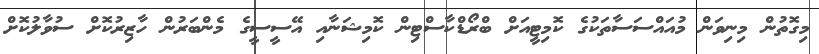
މިގޮތުން މިނިވަން މުއައްސަސާތަކުގެ ކޮމިޓީއަށް ބްރޯޑްކާސްޓިން ކޮމިޝަނާއި އޭސީސީގެ މެންބަރުން ހާޒިރުކޮށް ސުވާލުކޮށް